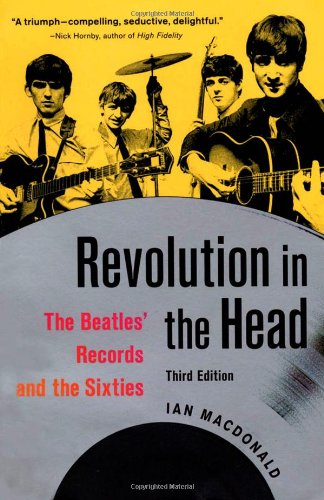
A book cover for Revolution in the Head: The Beatles' Records and the Sixties; Ian MacDonald; Humor & Entertainment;